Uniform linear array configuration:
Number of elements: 4
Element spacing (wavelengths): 1
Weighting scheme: cosine
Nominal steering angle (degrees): -45
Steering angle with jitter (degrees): -44.585
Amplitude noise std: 0.05
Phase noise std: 0.05

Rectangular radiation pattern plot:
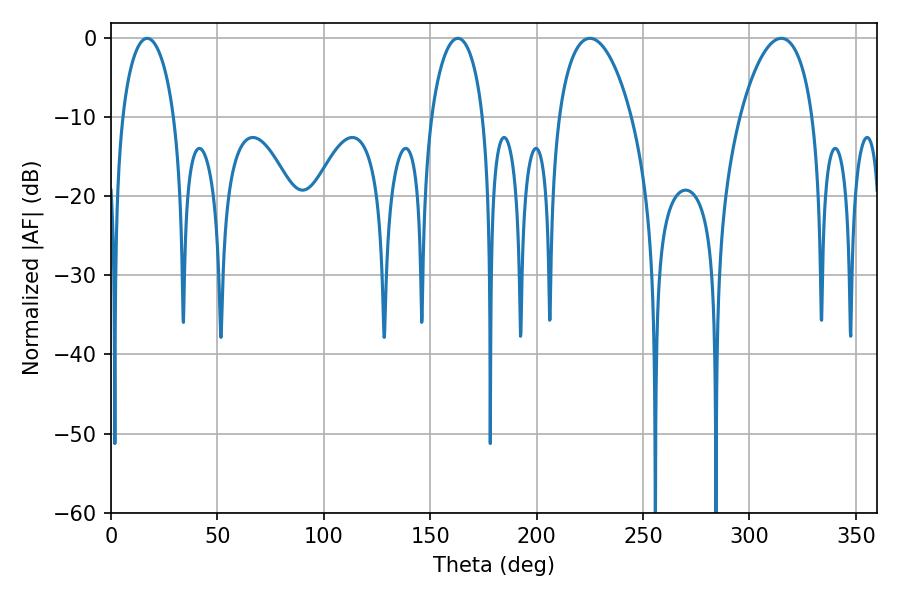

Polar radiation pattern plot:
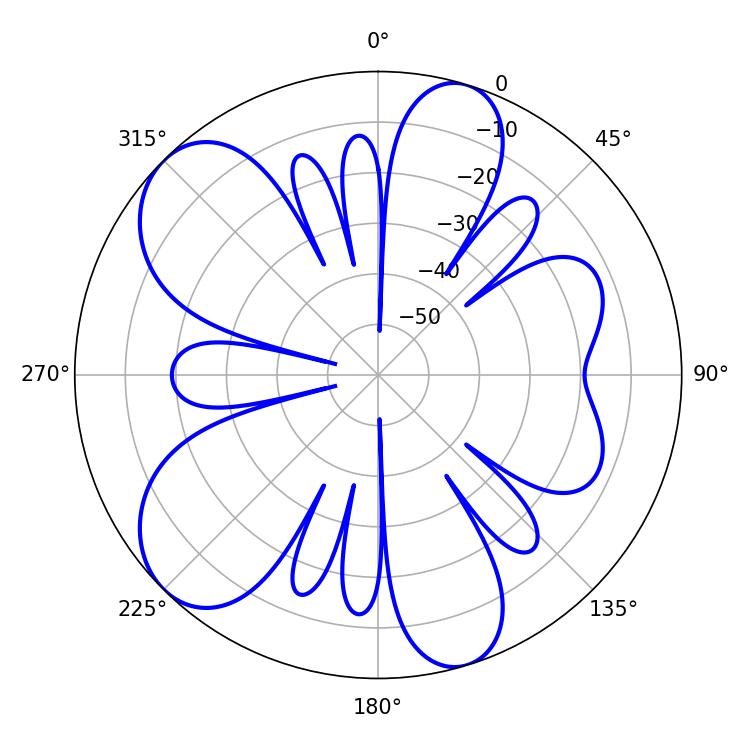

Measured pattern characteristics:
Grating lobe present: TRUE
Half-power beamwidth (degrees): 19.44
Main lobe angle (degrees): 225